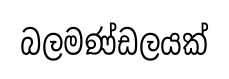
බලමණ්ඩලයක්